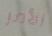
الأمر